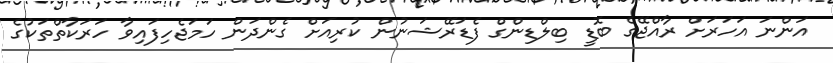
އަންނަ އަހަރަށް ރާއްޖޭގެ ބޮޑީ ބިލްޑިންގް ފެޑަރޭޝަނުން ކުރިއަށް ގެންދަން ހަމަޖެހިފައިވާ ހަރަކާތްތަކުގެ